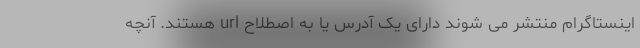
اینستاگرام منتشر می شوند دارای یک آدرس یا به اصطلاح url هستند. آنچه